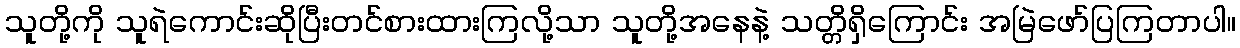
သူတို့ကို သူရဲကောင်းဆိုပြီးတင်စားထားကြလို့သာ သူတို့အနေနဲ့ သတ္တိရှိကြောင်း အမြဲဖော်ပြကြတာပါ။